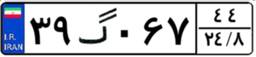
۳۹گ۰۶۷۴۴